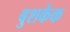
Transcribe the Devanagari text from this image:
बुशकेक